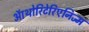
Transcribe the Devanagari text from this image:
ऑथोरिटेरिएनिज्म